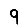
Digit: 9